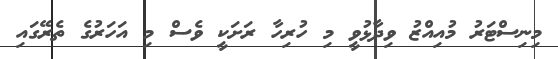
މިނިސްޓަރު މުއިއްޒު ވިދާޅުވީ މި ހުރިހާ ރަށަކީ ވެސް މި އަހަރުގެ ތެރޭގައި